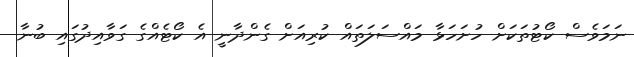
ނަމަވެސް ކޯޓުތަކަށް ހުށަހަޅާ މައްސަލަތައް ކުރިއަށް ގެންދާނީ އެ ކޯޓެއްގެ ގަވާއިދުގައި ބުނާ